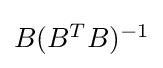
{\textstyle B(B^{T}B)^{-1}}